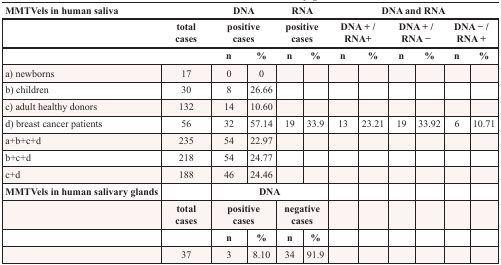
<table><thead><tr><td><b>MMTVels in human saliva</b></td><td></td><td colspan="2"><b>DNA</b></td><td colspan="2"><b>RNA</b></td><td colspan="6"><b>DNA and RNA</b></td></tr><tr><td></td><td><b>total cases</b></td><td colspan="2"><b>positive cases</b></td><td colspan="2"><b>positive cases</b></td><td colspan="2"><b>DNA +/RNA+</b></td><td colspan="2"><b>DNA +/RNA −</b></td><td colspan="2"><b>DNA −/RNA +</b></td></tr><tr><td></td><td></td><td><b>n</b></td><td><b>%</b></td><td><b>n</b></td><td><b>%</b></td><td><b>n</b></td><td><b>%</b></td><td><b>n</b></td><td><b>%</b></td><td><b>n</b></td><td><b>%</b></td></tr></thead><tbody><tr><td>a) newborns</td><td>17</td><td>0</td><td>0</td><td></td><td></td><td></td><td></td><td></td><td></td><td></td><td></td></tr><tr><td>b) children</td><td>30</td><td>8</td><td>26.66</td><td></td><td></td><td></td><td></td><td></td><td></td><td></td><td></td></tr><tr><td>c) adult healthy donors</td><td>132</td><td>14</td><td>10.60</td><td></td><td></td><td></td><td></td><td></td><td></td><td></td><td></td></tr><tr><td>d) breast cancer patients</td><td>56</td><td>32</td><td>57.14</td><td>19</td><td>33.9</td><td>13</td><td>23.21</td><td>19</td><td>33.92</td><td>6</td><td>10.71</td></tr><tr><td>a+b+c+d</td><td>235</td><td>54</td><td>22.97</td><td></td><td></td><td></td><td></td><td></td><td></td><td></td><td></td></tr><tr><td>b+c+d</td><td>218</td><td>54</td><td>24.77</td><td></td><td></td><td></td><td></td><td></td><td></td><td></td><td></td></tr><tr><td>c+d</td><td>188</td><td>46</td><td>24.46</td><td></td><td></td><td></td><td></td><td></td><td></td><td></td><td></td></tr><tr><td><b>MMTVels in human salivary glands</b></td><td></td><td colspan="4"><b>DNA</b></td><td></td><td></td><td></td><td></td><td></td><td></td></tr><tr><td></td><td><b>total cases</b></td><td colspan="2"><b>positive cases</b></td><td colspan="2"><b>negative cases</b></td><td></td><td></td><td></td><td></td><td></td><td></td></tr><tr><td></td><td></td><td><b>n</b></td><td><b>%</b></td><td><b>n</b></td><td><b>%</b></td><td></td><td></td><td></td><td></td><td></td><td></td></tr><tr><td></td><td>37</td><td>3</td><td>8.10</td><td>34</td><td>91.9</td><td></td><td></td><td></td><td></td><td></td><td></td></tr></tbody></table>